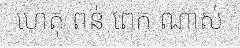
ហេតុ ពន់ ពេក ណាស់